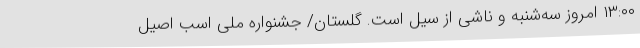
۱۳:۰۰ امروز سه‌شنبه و ناشی از سیل است. گلستان/ جشنواره ملی اسب اصیل